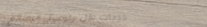
خدمات نقل وتوصيل البضائع